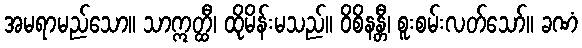
အမရာမည်သော။ သာဣတ္ထီ၊ ထိုမိန်းမသည်။ ဝိစိနန္တီ၊ စူးစမ်းလတ်သော်။ ခဏံ